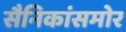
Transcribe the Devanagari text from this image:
सैनिकांसमोर